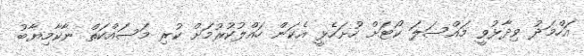
އަހްމަދު ވިދާޅުވީ މައްސަލަ ކޯޓަށް ހުށަހެޅީ އެކަން ހައްލުކުރުމަށް ކުރި މަސައްކަތް ނާކާމިޔާބު